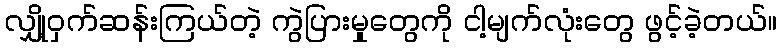
လျှို့ဝှက်ဆန်းကြယ်တဲ့ ကွဲပြားမှုတွေကို ငါ့မျက်လုံးတွေ ဖွင့်ခဲ့တယ်။